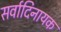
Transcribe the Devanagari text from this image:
सर्वादिनायक